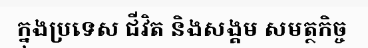
ក្នុងប្រទេស ជីវិត និងសង្គម សមត្ថកិច្ច